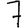
Digit: 7